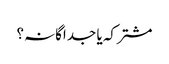
مشترکہ یا جداگانہ؟